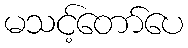
မသင့်တော်ပေ